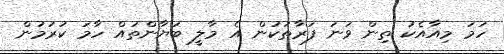
ހަމަ މިއާއެކު ތިން ވަނަ ފަރާތަކުން އެ މާލީ ބަޔާންތައް ހާމަ ކުރުމުން